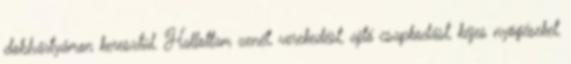
dobhártyámon keresztül. Hallottam zenét, verekedést, ajtó csapkodást, kéjes nyögéseket,